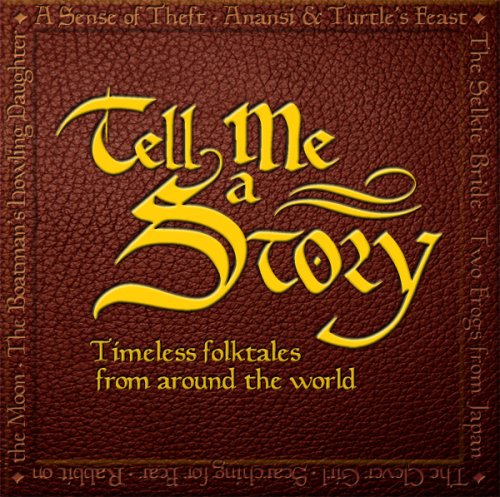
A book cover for Tell Me a Story: Timeless Folktales from Around the World; Amy Friedman; Children's Books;